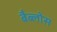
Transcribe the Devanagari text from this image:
बैब्लोस